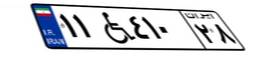
۹۸W۵۶۷۶۱